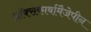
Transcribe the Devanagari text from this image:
ऑक्सकार्बामैजेपीन